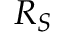
R _ { S }